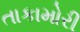
તાકામોરી